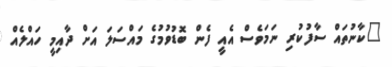
"ކާނުތައް ސާފުކުރި ނަމަވެސް އެއީ ފެން ބޮޑުވުމުގެ މައްސަލަ އަށް ދާއިމީ ހައްލެއް